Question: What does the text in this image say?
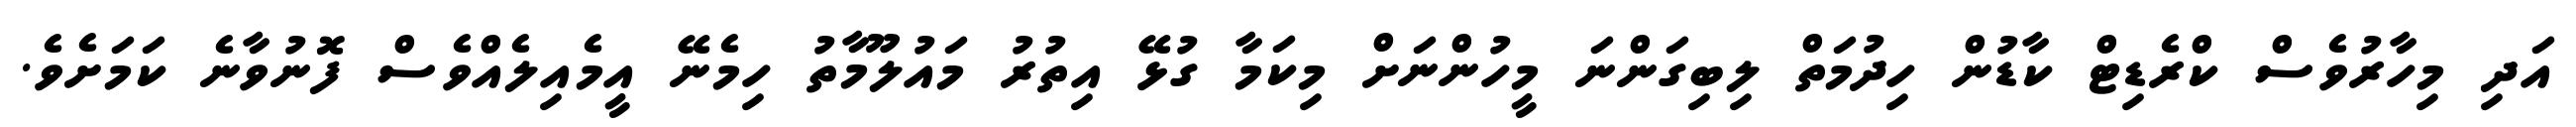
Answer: އަދި މިހާރުވެސް ކްރެޑިޓް ކާޑުން ހިދުމަތް ލިބިގަންނަ މީހުންނަށް މިކަމާ ގުޅޭ އިތުރު މައުލޫމާތު ހިމެނޭ އީމެއިލެއްވެސް ފޮނުވާނެ ކަމަށެވެ.